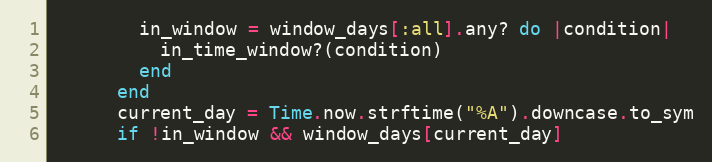
Language: Ruby
        in_window = window_days[:all].any? do |condition|
          in_time_window?(condition)
        end
      end
      current_day = Time.now.strftime("%A").downcase.to_sym
      if !in_window && window_days[current_day]